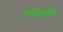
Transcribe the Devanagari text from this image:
गायलेल्यांची